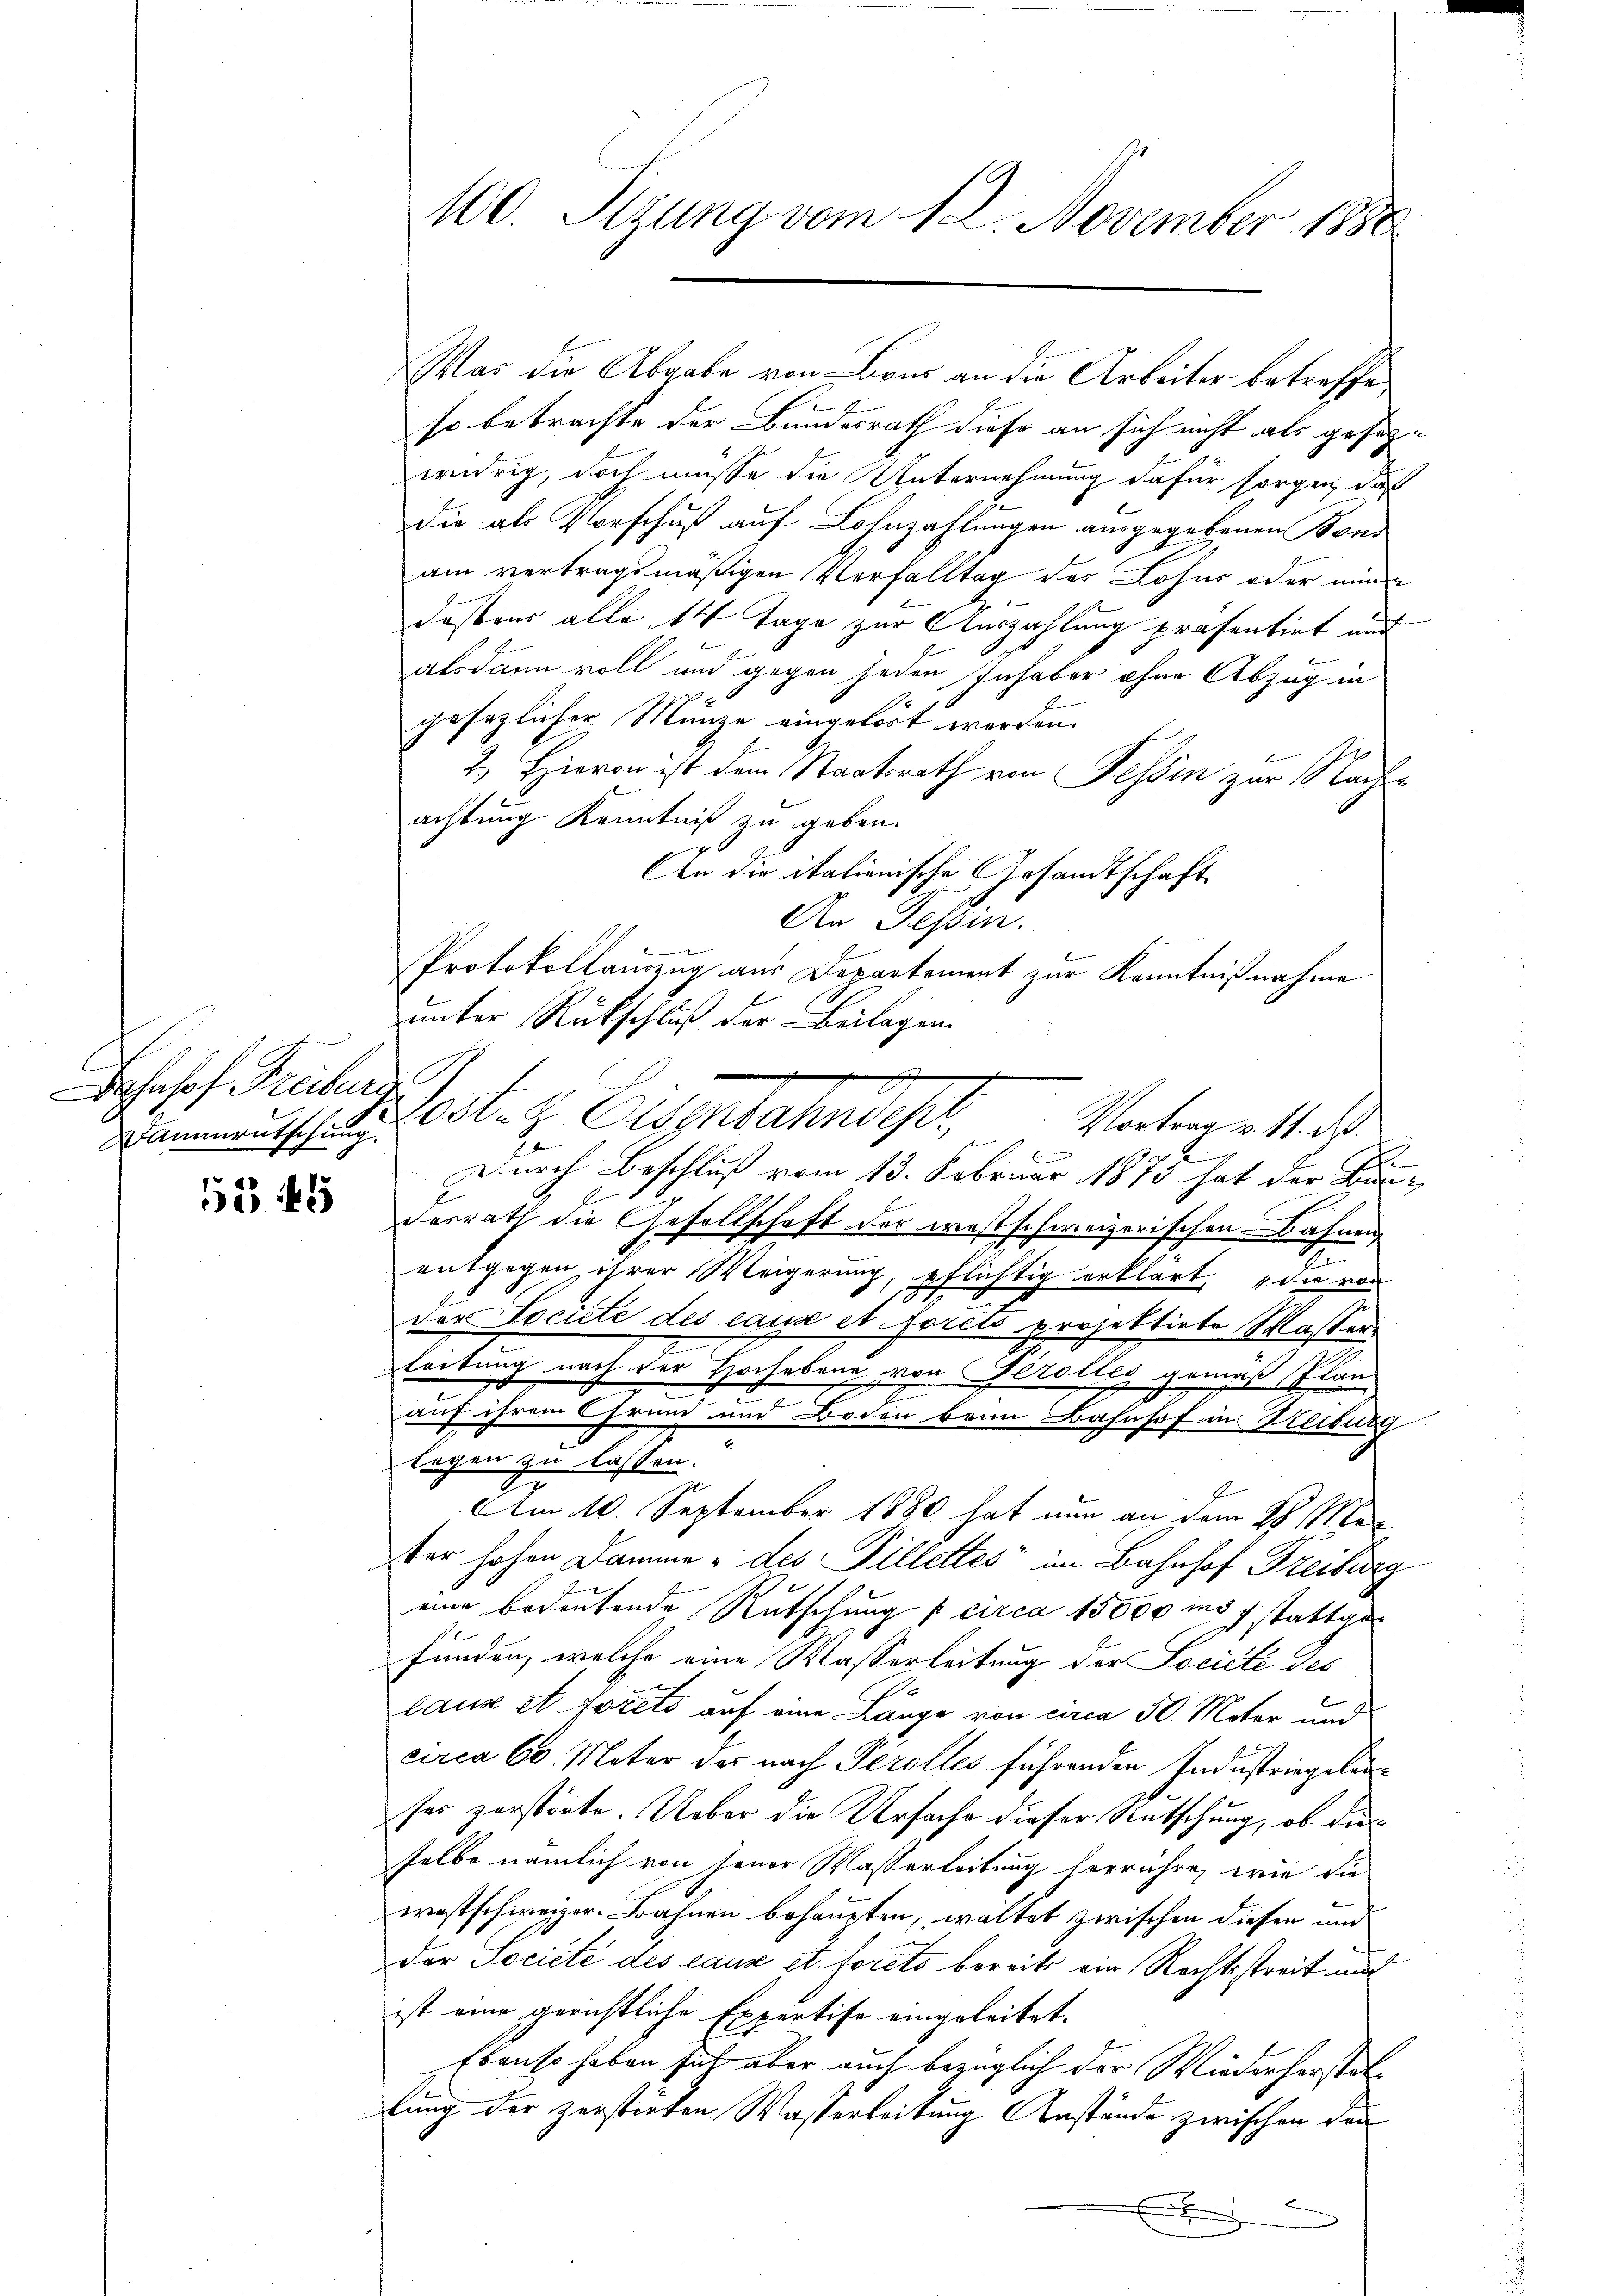
aJosef Freibur
Wanrutschung.

1545

so betrachte der Bundesrath diese an sich nicht als gesezwidrig, doch müsse die Unternehmung dafür sorgen, daß
die als Vorschuß auf Lohnzahlungen ausgegebenen Bond
am vertragsmäßigen Verfalltag des Lohns oder nun
dastens alle 14 Tage zur Auszahlung präsentirt mi
alsdann voll und gegen jeden Inhaber ohne Abzug in
gesezlicher Münze eingehört werden.
2.) Hievon ist dem Staatsrath von Tessin zur Nachachtung Kenntniß zu geben.
An die italienische Gesandtschaft
An Tessin.
Protokollauszug aus Departement zur Kenntnißnahme
unter Rückschluß der Beilagen
G.f.
E
Durch Beschluß vom 13. Februar 1875 hat der Bun-
E
desrath die Gesellschaft der westschweizerischen Bahnen
E
entgegen ihrer Weigerung, pflichtig erklärt, die von
Der Societe des eaux et forcis projektirte Masser
e
Leitung nach der Hochebene von Perolles
gemäss Plan
.
auf ihrem Grund und Boden brau Bahnhof in Heiburg
legen zu lassen.
Am 10. September 1880 hat nun an dem 28. Mater hohen Damme des Pillettes im Bahnhof Freiburg
eine bedeutende Rutschung / circa 15000 und 7 stattgefunden, welche eine Wasserleitung der Société des
laux et forets auf eine Länge von circa 50 Meter und
circa 60 Meter der nach Perolles führenden Industriegelunses zerstörte. Ueber die Ursache dieser Rutschung, ob dies
selbe nämlich von jener Wasserleitung herrühre, wie die
wostschweizer Bahnen behaupten, waltet zwischen diesen und
der Societe des eaux et forets bereits ein Rechtsstreit und
ist eine gerichtliche Expertise eingeleitet.
Ebenso haben sich aber auch bezüglich der Wiederherstat
lung der zerstörten Wasserleitung Anstände zwischen den

100. Sizung vom 12. November 1880

Was die Abgabe von Bons an die Arbeiter betreffe,

leder z. Eisenbahnst, Vorten M